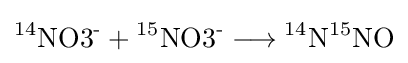
{{\mathrm {^{14}NO3^{\text{-}}} }{}+{}{\mathrm {^{15}NO3^{\text{-}}} }{}\mathrel {\longrightarrow } {}{\mathrm {^{14}N} }{\mathrm {^{15}NO} }}